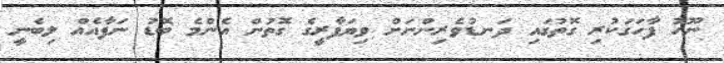
ނޫހު ފާހަގަކުރި ގޮތުގައި ދަނޑުވެރިންނަށް ވިޔަފާރީގެ ގޮތުން އެންމެ ބޮޑު ނަފާއެއް ލިބެނީ